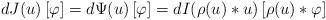
LaTeX: \begin{gather*} dJ(u)\left[\varphi\right]=d\Psi(u)\left[\varphi\right]=dI(\rho(u)*u)\left[ \rho(u) * \varphi\right]\end{gather*}